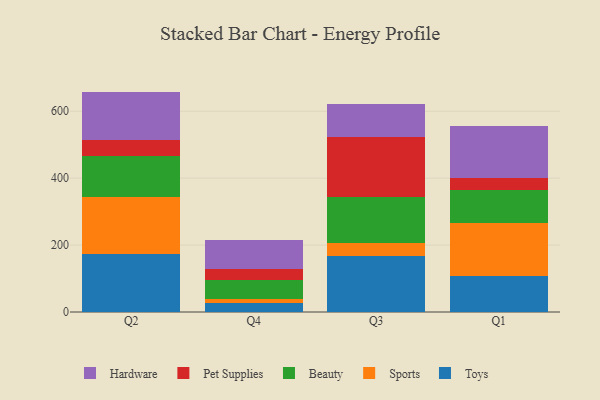
{"axis": {"x": "Quarter", "y": "Satisfaction Score"}, "legend": ["Beauty", "Hardware", "Pet Supplies", "Sports", "Toys"], "data": [{"x": "Q2", "y": 173.5, "type": "Toys"}, {"x": "Q2", "y": 169.6, "type": "Sports"}, {"x": "Q2", "y": 121.6, "type": "Beauty"}, {"x": "Q2", "y": 47.9, "type": "Pet Supplies"}, {"x": "Q2", "y": 146.0, "type": "Hardware"}, {"x": "Q4", "y": 28.2, "type": "Toys"}, {"x": "Q4", "y": 11.3, "type": "Sports"}, {"x": "Q4", "y": 56.4, "type": "Beauty"}, {"x": "Q4", "y": 33.1, "type": "Pet Supplies"}, {"x": "Q4", "y": 84.8, "type": "Hardware"}, {"x": "Q3", "y": 166.0, "type": "Toys"}, {"x": "Q3", "y": 41.3, "type": "Sports"}, {"x": "Q3", "y": 136.8, "type": "Beauty"}, {"x": "Q3", "y": 178.3, "type": "Pet Supplies"}, {"x": "Q3", "y": 99.3, "type": "Hardware"}, {"x": "Q1", "y": 108.4, "type": "Toys"}, {"x": "Q1", "y": 157.3, "type": "Sports"}, {"x": "Q1", "y": 98.2, "type": "Beauty"}, {"x": "Q1", "y": 37.7, "type": "Pet Supplies"}, {"x": "Q1", "y": 153.5, "type": "Hardware"}]}